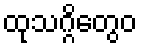
ထုသဂ္ဂိတွေဝ